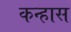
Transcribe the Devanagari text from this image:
कन्हास